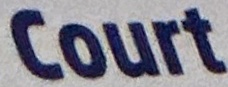
Court